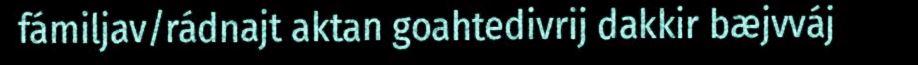
fámiljav/rádnajt aktan goahtedivrij dakkir bæjvváj